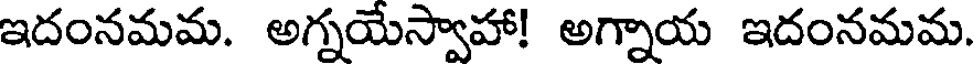
ఇదంనమమ. అగ్నయేస్వాహా! అగ్నాయ ఇదంనమమ.